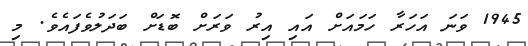
1945 ވަނަ އަހަރާ ހަމައަށް އައި އިރު ވަރަށް ބޮޑަށް ބަދަލުވެފައެވެ. މި